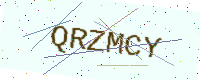
Text: QRZMCY